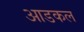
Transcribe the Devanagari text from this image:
आडकल